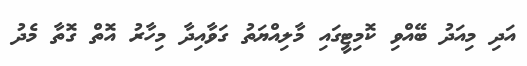
އަދި މިއަދު ބޭއްވި ކޮމިޓީގައި މާލިއްޔަތު ގަވާއިދާ މިހާރު އޮތް ގޮތާ މެދު